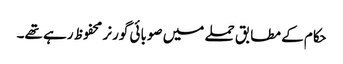
حکام کے مطابق حملے میں صوبائی گورنر محفوظ رہے تھے۔